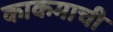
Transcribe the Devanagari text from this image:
काकमाची